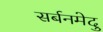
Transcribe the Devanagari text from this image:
सर्बनमेदु